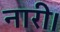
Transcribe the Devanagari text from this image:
नारी।